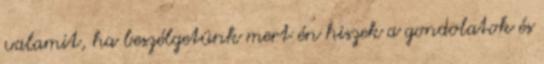
valamit, ha beszélgetünk mert én hiszek a gondolatok és